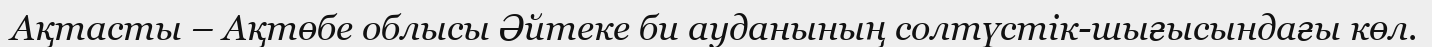
Ақтасты – Ақтөбе облысы Әйтеке би ауданының солтүстік-шығысындағы көл.